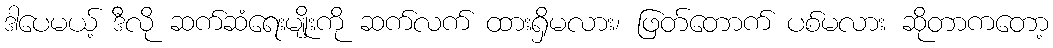
ဒါပေမယ့် ဒီလို ဆက်ဆံရေးမျိုးကို ဆက်လက် ထားရှိမလား၊ ဖြတ်တောက် ပစ်မလား ဆိုတာကတော့